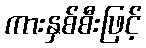
ကားနှစ်စီးဖြင့်